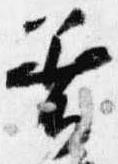
着